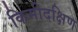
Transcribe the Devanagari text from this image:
किमीदक्षिण